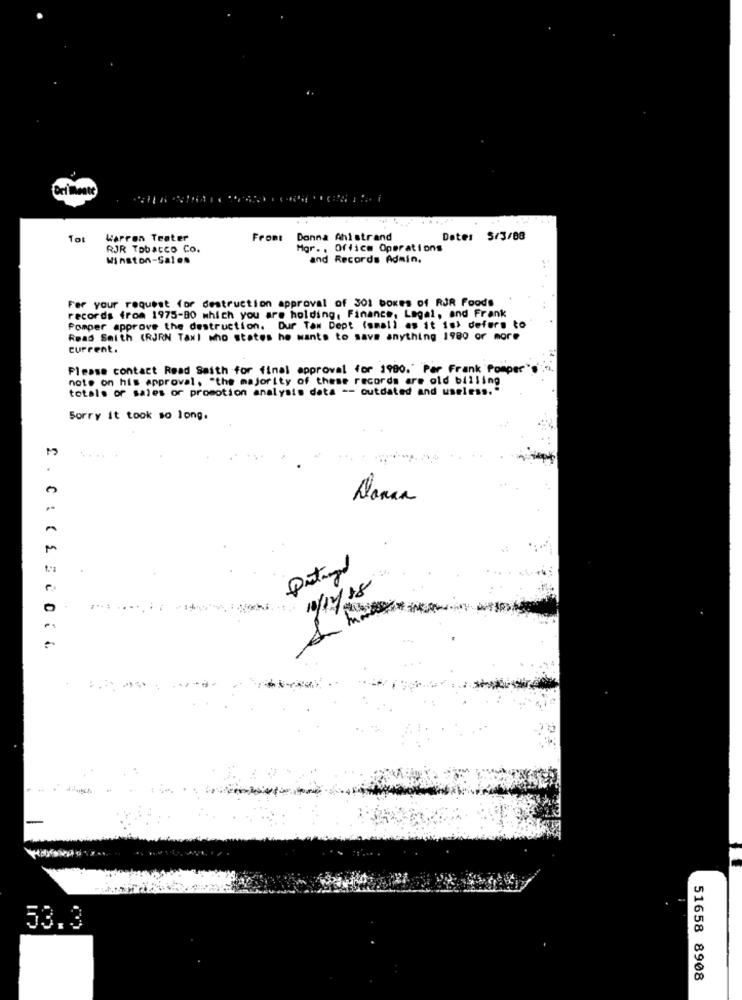
Warren Teater
Front Donna Ahlstrand
Date: S/3/88
RJR Tobacco Co.
Mgr .. Office Operations
Winston-Salem
and Records Admin.
For your request for destruction approval of 301 boxes of RJR Foods
records from 1975-80 which you are holding, Finance, Legal, and Frank
Pomper approve the destruction. Dur Tax Dept (small as it is) defors to
Read Smith (RJRN Taxl who states he wants to save anything 1980 or more
current.
Please contact Read Saith for final approval for 1980." Par Frank Pomper
note on his approval. "the majority of these records are old billing
totals of sales or promotion analysis data -- outdated and useless."
Sorry it took so long.
.....
Danaa
10/12/18
C . CALLE COIL
53.3
51658 8908